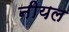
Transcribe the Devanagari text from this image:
नीयल